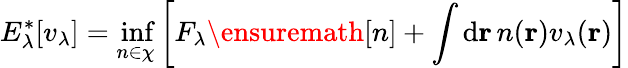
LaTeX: E_{\lambda}^{\ast}[v_{\lambda}]=\operatorname*{inf}_{n\in\chi}\left[F_{\lambda}\ensuremath{[n]}+\int\mathrm{d}\mathbf{r}\, n(\mathbf{r})v_{\lambda}(\mathbf{r})\right]